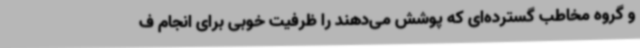
و گروه مخاطب گسترده‌ای که پوشش می‌دهند را ظرفیت خوبی برای انجام ف